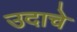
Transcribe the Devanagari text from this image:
उदाचे